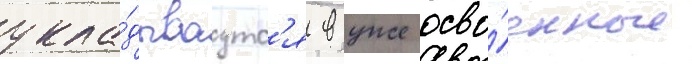
укла́дываутс'я в уже осво́енные